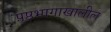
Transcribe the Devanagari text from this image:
पृ़ष्ठभागाखालील